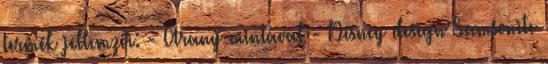
termék jellemzői: - Arany mintával - Disney design Samsonite